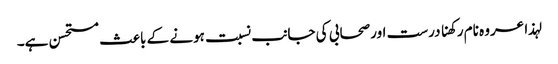
لہذا عروہ نام رکھنا درست اورصحابی کی جانب نسبت ہونے کے باعث مستحسن ہے۔